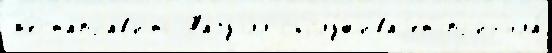
м'естаправ'ить Тазуэлл обслу́живаjет пр'ин'яла́